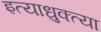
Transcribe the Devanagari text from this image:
इत्याधुक्त्या